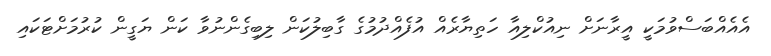
އެއެއްބަސްވުމަކީ އީރާނަށް ނިއުކްލިއާ ހަތިޔާރެއް އުފެއްދުމުގެ ގާބިލުކަން ލިބިގެންނުވާ ކަން ޔަގީން ކުރުމަށްޓަކައި